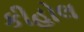
કીહોલ